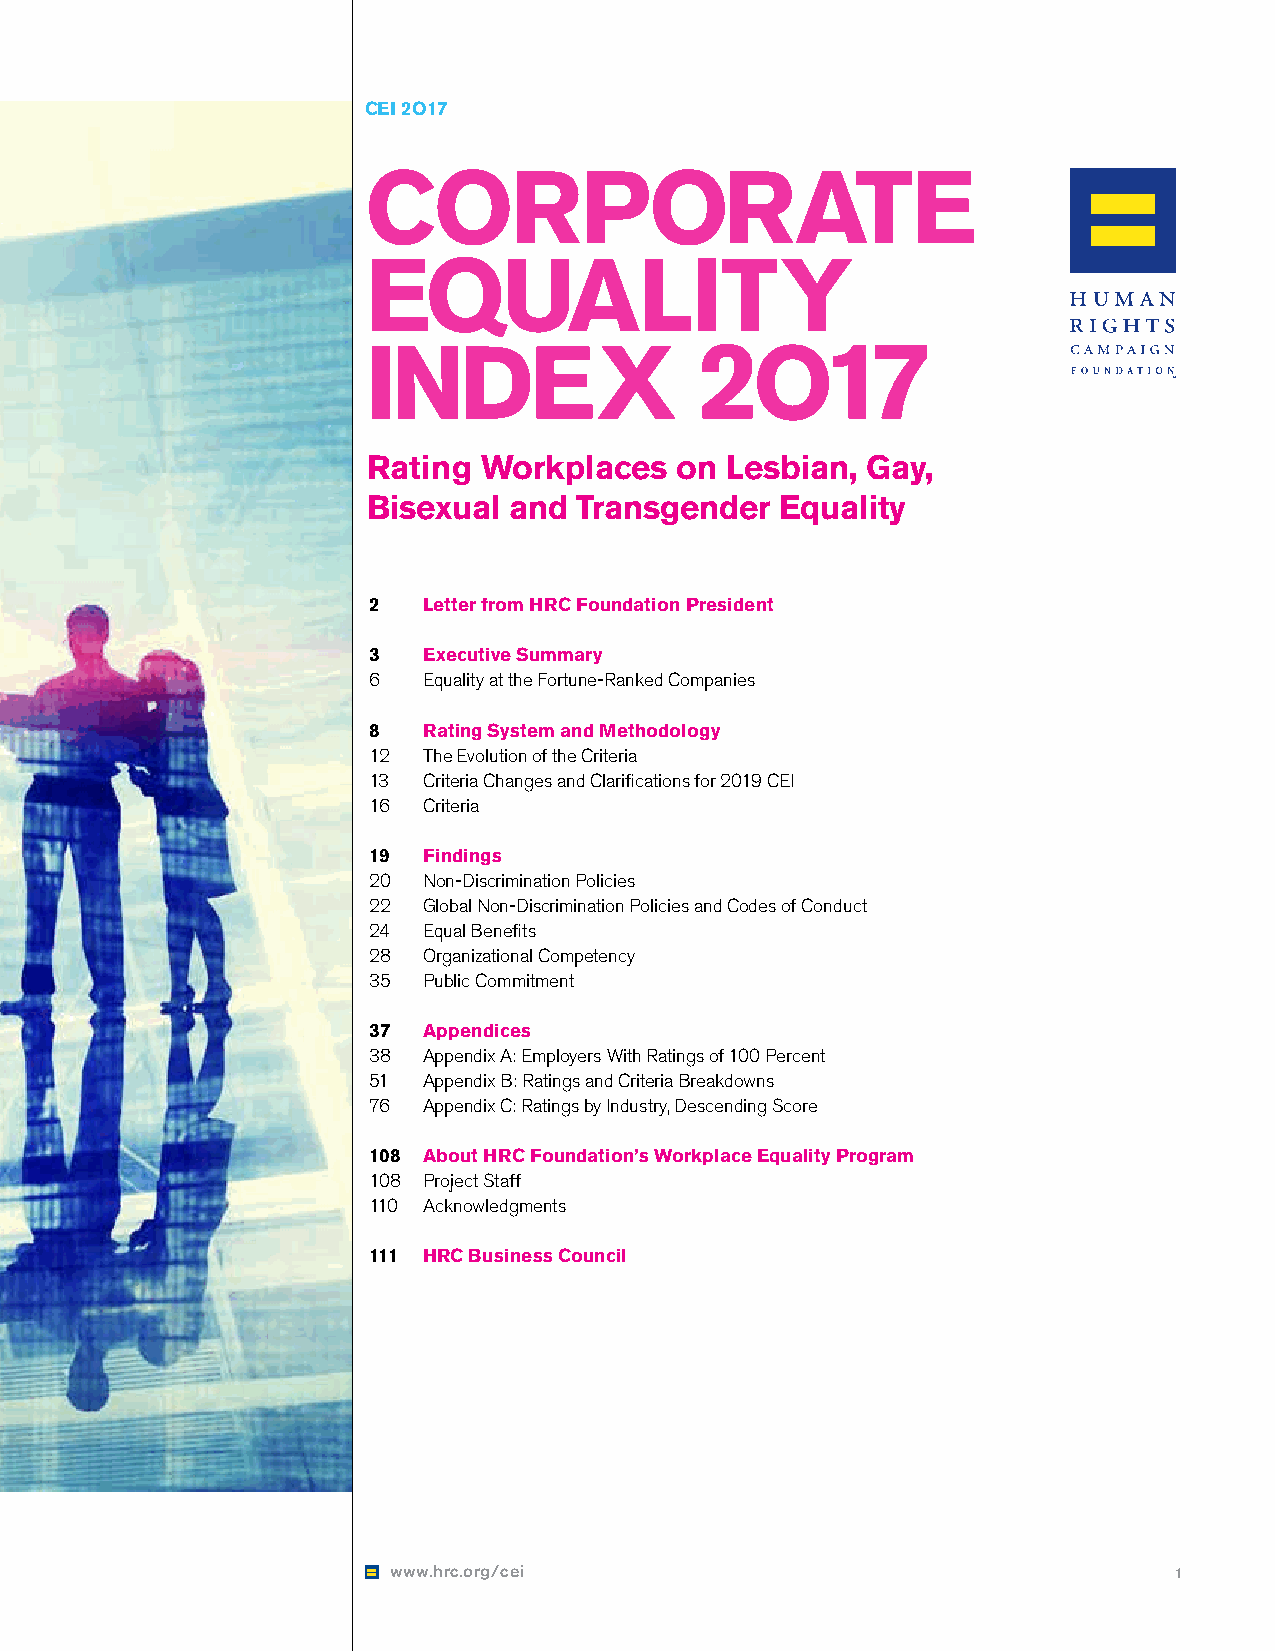
CEI 2O17
 CORPORATE
 EQUALITY
 INDEX                 2O17
 Rating  Workplaces   on Lesbian, Gay,
 Bisexual  and Transgender   Equality
 2   Letter from HRC Foundation President
 3   Executive Summary
 6   Equality at the Fortune-Ranked Companies
 8   Rating System and Methodology
 12  The Evolution of the Criteria
 13  Criteria Changes and Clarifications for 2019 CEI
 16  Criteria
 19  Findings
 20  Non-Discrimination Policies
 22  Global Non-Discrimination Policies and Codes of Conduct
 24  Equal Benefits
 28  Organizational Competency
 35  Public Commitment
 37  Appendices
 38  Appendix A: Employers With Ratings of 100 Percent
 51  Appendix B: Ratings and Criteria Breakdowns
 76  Appendix C: Ratings by Industry, Descending Score
 108 About HRC Foundation’s Workplace Equality Program
 108 Project Staff
 110 Acknowledgments
 111 HRC Business Council
 www.hrc.org/cei                                     1